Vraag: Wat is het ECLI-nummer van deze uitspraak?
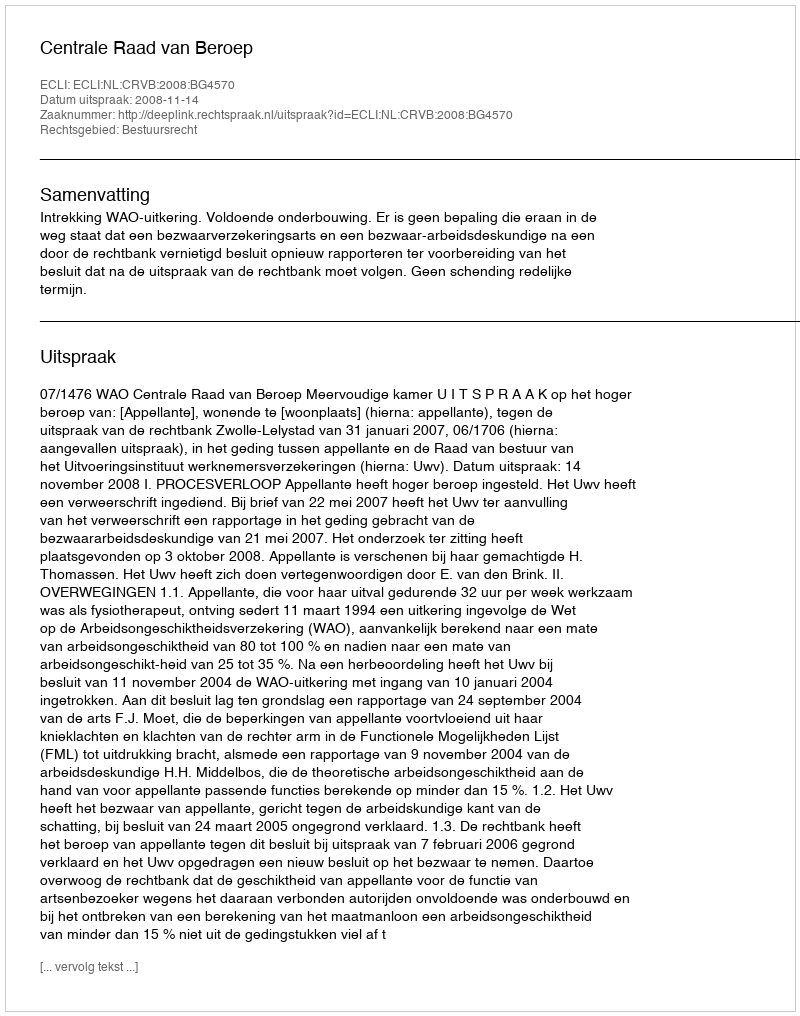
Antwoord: ECLI:NL:CRVB:2008:BG4570